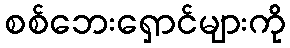
စစ်ဘေးရှောင်များကို